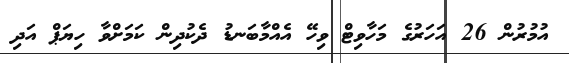
އުމުރުން 26 އަހަރުގެ މަހާވިޓް ވިހޭ އެއްމާބަނޑު ދެކުދިން ކަމަށްވާ ހިޔަޕް އަދި